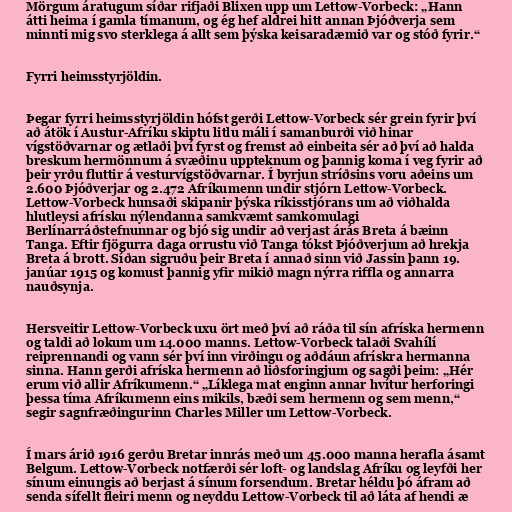
Mörgum áratugum síðar rifjaði Blixen upp um Lettow-Vorbeck: „Hann
átti heima í gamla tímanum, og ég hef aldrei hitt annan Þjóðverja sem
minnti mig svo sterklega á allt sem þýska keisaradæmið var og stóð fyrir.“

Fyrri heimsstyrjöldin.

Þegar fyrri heimsstyrjöldin hófst gerði Lettow-Vorbeck sér grein fyrir því
að átök í Austur-Afríku skiptu litlu máli í samanburði við hinar
vígstöðvarnar og ætlaði því fyrst og fremst að einbeita sér að því að halda
breskum hermönnum á svæðinu uppteknum og þannig koma í veg fyrir að
þeir yrðu fluttir á vesturvígstöðvarnar. Í byrjun stríðsins voru aðeins um
2.600 Þjóðverjar og 2.472 Afríkumenn undir stjórn Lettow-Vorbeck.
Lettow-Vorbeck hunsaði skipanir þýska ríkisstjórans um að viðhalda
hlutleysi afrísku nýlendanna samkvæmt samkomulagi
Berlínarráðstefnunnar og bjó sig undir að verjast árás Breta á bæinn
Tanga. Eftir fjögurra daga orrustu við Tanga tókst Þjóðverjum að hrekja
Breta á brott. Síðan sigruðu þeir Breta í annað sinn við Jassin þann 19.
janúar 1915 og komust þannig yfir mikið magn nýrra riffla og annarra
nauðsynja.

Hersveitir Lettow-Vorbeck uxu ört með því að ráða til sín afríska hermenn
og taldi að lokum um 14.000 manns. Lettow-Vorbeck talaði Svahílí
reiprennandi og vann sér því inn virðingu og aðdáun afrískra hermanna
sinna. Hann gerði afríska hermenn að liðsforingjum og sagði þeim: „Hér
erum við allir Afríkumenn.“ „Líklega mat enginn annar hvítur herforingi
þessa tíma Afríkumenn eins mikils, bæði sem hermenn og sem menn,“
segir sagnfræðingurinn Charles Miller um Lettow-Vorbeck.

Í mars árið 1916 gerðu Bretar innrás með um 45.000 manna herafla ásamt
Belgum. Lettow-Vorbeck notfærði sér loft- og landslag Afríku og leyfði her
sínum einungis að berjast á sínum forsendum. Bretar héldu þó áfram að
senda sífellt fleiri menn og neyddu Lettow-Vorbeck til að láta af hendi æ